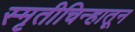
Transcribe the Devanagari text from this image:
स्मृतीचिन्हातून